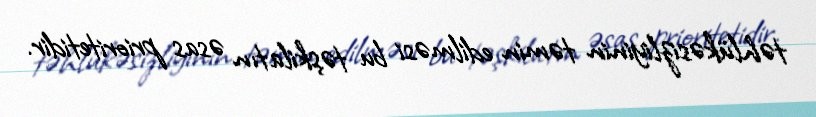
təhlükəsizliyinin təmin edilməsi bu təşkilatın əsas prioritetidir.